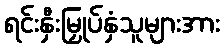
ရင်းနှီးမြှုပ်နှံသူများအား